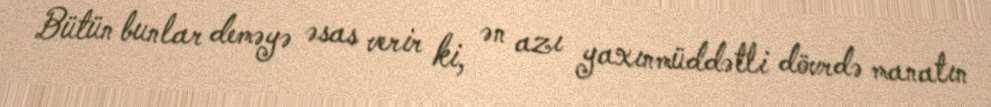
Bütün bunlar deməyə əsas verir ki, ən azı yaxınmüddətli dövrdə manatın